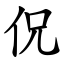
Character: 㑆